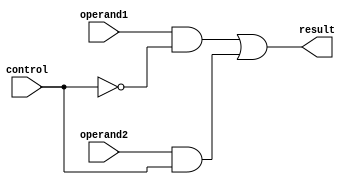
// Name: mux.v
// Module: 
// Input: 
// Output: 
//
// Notes: Common definitions
// 
//
// Revision History:
//
// Version	Date		Who		email			note
//------------------------------------------------------------------------------------------
//  1.0     Sep 02, 2014	Kaushik Patra	kpatra@sjsu.edu		Initial creation
//------------------------------------------------------------------------------------------
//
// 32-bit mux
module mux(result, operand1, operand2, control);
	input operand1, operand2, control;
	output result;
	wire notwire, and1wire, and2wire;

	not not1(notwire, control);
	and and1(and1wire, operand1, notwire);
	and and2(and2wire, operand2, control);
	or or1(result, and1wire, and2wire);

endmodule
//26-bit 2x1 mux
module mux26_2x1(result, operand1, operand2, control);
	input [25:0] operand1, operand2;
	input control;

	output [25:0] result;

	genvar i; generate
		for (i=0; i<26; i=i+1)begin : mux5_2x1_gen_loop
			mux m(result[i], operand1[i], operand2[i], control);
		end
	endgenerate
endmodule
//5-bit 2x1 mux
module mux5_2x1(result, operand1, operand2, control);
	input [4:0] operand1, operand2;
	input control;

	output [4:0] result;

	genvar i; generate
		for (i=0; i<5; i=i+1)begin : mux5_2x1_gen_loop
			mux m(result[i], operand1[i], operand2[i], control);
		end
	endgenerate
endmodule
//32-bit 2x1 mux
module mux32_2x1(result, operand1, operand2, control);
	input [31:0] operand1, operand2;
	input control;

	output [31:0] result;

	genvar i; generate
		for (i=0; i<32; i=i+1)begin : mux_gen_loop
			mux m(result[i], operand1[i], operand2[i], control);
		end
	endgenerate
endmodule
//64-bit 2x1 mux
module mux64_2x1(result, operand1, operand2, control);
	input [63:0] operand1, operand2;
	input control;

	output [63:0] result;

	genvar i;
	generate
		for (i=0; i<64; i=i+1)
		begin : mux_gen_loop
			mux m(result[i], operand1[i], operand2[i], control);
		end
	endgenerate
endmodule
//32-bit 4x1 mux
module mux32_4x1(result, operand1, operand2, operand3, operand4, control);
	input [31:0] operand1, operand2, operand3, operand4;
	input [1:0] control;

	output [31:0] result;

	wire [31:0] mux1Wire, mux2Wire;

	mux32_2x1 m1(.result(mux1Wire), .operand1(operand1), .operand2(operand2), .control(control[0]));
	mux32_2x1 m2(.result(mux2Wire), .operand1(operand3), .operand2(operand4), .control(control[0]));
	mux32_2x1 m3(.result(result), .operand1(mux1Wire), .operand2(mux2Wire), .control(control[1]));

endmodule
// 32-bit 8x1 mux
module mux32_8x1(result, operand1, operand2, operand3, operand4, 
	operand5, operand6, operand7, operand8, control);
	input [31:0] operand1, operand2, operand3, operand4, operand5, operand6, operand7, operand8;
	input [2:0] control;

	output [31:0] result;

	wire [31:0] mux1Wire, mux2Wire;

	mux32_4x1 m1(mux1Wire, operand1, operand2, operand3, operand4, control[1:0]);
	mux32_4x1 m2(mux2Wire, operand5, operand6, operand7, operand8, control[1:0]);
	mux32_2x1 m3(result, mux1Wire, mux2Wire, control[2]);

endmodule
// 32-bit 16x1 mux
module mux32_16x1(result, operand1, operand2, operand3, operand4, 
	operand5, operand6, operand7, operand8,
	operand9, operand10, operand11, operand12, 
	operand13, operand14, operand15, operand16, control);

	input [31:0] operand1, operand2, operand3, operand4, 
	operand5, operand6, operand7, operand8, 
	operand9, operand10, operand11, operand12, 
	operand13, operand14, operand15, operand16;
	input [3:0] control;

	output [31:0] result;

	wire [31:0] mux1Wire, mux2Wire;

	mux32_8x1 m1(.result(mux1Wire), .operand1(operand1), .operand2(operand2), .operand3(operand3), 
		.operand4(operand4), .operand5(operand5), .operand6(operand6), .operand7(operand7), 
		.operand8(operand8), .control(control[2:0]));
	mux32_8x1 m2(.result(mux2Wire), .operand1(operand9), .operand2(operand10), .operand3(operand11), 
		.operand4(operand12), .operand5(operand13), .operand6(operand14), .operand7(operand15), 
		.operand8(operand16), .control(control[2:0]));
	mux32_2x1 m3(.result(result), .operand1(mux1Wire), .operand2(mux2Wire), .control(control[3]));
endmodule

//32-bit 32x1 mux
module mux32_32x1(result, d0, d1, d2, d3, d4, d5, d6, d7, d8, d9, d10, d11, d12, d13, d14, d15, 
	d16, d17, d18, d19, d20, d21, d22, d23, d24, d25, d26, d27, d28, d29, d30, d31, control);

	input [31:0] d0, d1, d2, d3, d4, d5, d6, d7, d8, d9, d10, d11, d12, d13, d14, d15, 
	d16, d17, d18, d19, d20, d21, d22, d23, d24, d25, d26, d27, d28, d29, d30, d31;

	input [4:0] control;

	output [31:0] result;

	wire [31:0] mux1Wire, mux2Wire;

	mux32_16x1 m1(mux1Wire, d0, d1, d2, d3, d4, d5, d6, d7, 
		d8, d9, d10, d11, d12, d13, d14, d15, control[3:0]);

	mux32_16x1 m2(mux2Wire, d16, d17, d18, d19, d20, d21, d22, d23, 
		d24, d25, d26, d27, d28, d29, d30, d31, control[3:0]);

	mux32_2x1 m3(result, mux1Wire, mux2Wire, control[4]);
endmodule